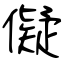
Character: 儗